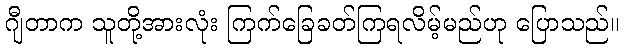
ဂျီတာက သူတို့အားလုံး ကြက်ခြေခတ်ကြရလိမ့်မည်ဟု ပြောသည်။